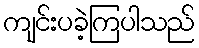
ကျင်းပခဲ့ကြပါသည်